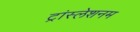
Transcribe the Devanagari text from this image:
ट्रांस्लेशनम